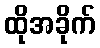
ထိုအခိုက်